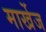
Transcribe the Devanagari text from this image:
मार्खेज